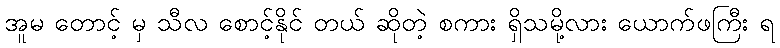
အူမ တောင့် မှ သီလ စောင့်နိုင် တယ် ဆိုတဲ့ စကား ရှိသမို့လား ယောက်ဖကြီး ရ